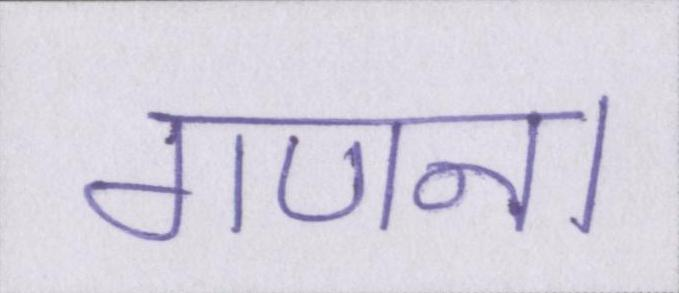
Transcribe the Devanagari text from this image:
गणना